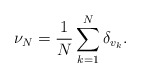
\begin{align*}\nu_N = \frac{1}{N} \sum_{k=1}^N \delta_{v_k}.\end{align*}